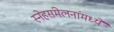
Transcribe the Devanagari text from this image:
स्नेहसंमेलनांमध्ये